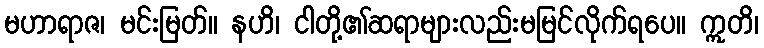
မဟာရာဇ၊ မင်းမြတ်။ နဟိ၊ ငါတို့၏ဆရာများလည်းမမြင်လိုက်ရပေ။ ဣတိ၊